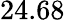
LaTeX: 24.68